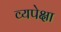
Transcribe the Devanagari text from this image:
व्यपेक्षा